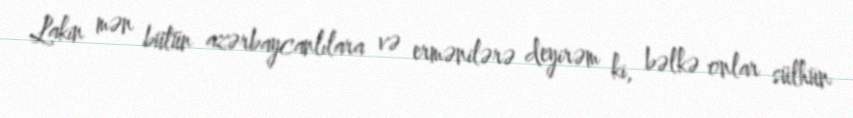
Lakin mən bütün azərbaycanlılara və ermənilərə deyirəm ki, bəlkə onlar sülhün